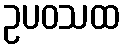
ဥပဝသထ